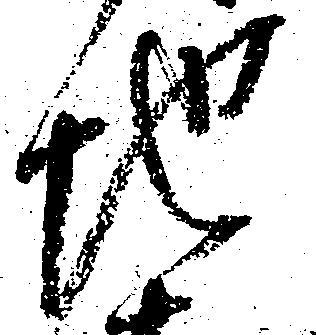
地